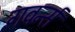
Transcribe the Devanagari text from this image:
गवर्न्स